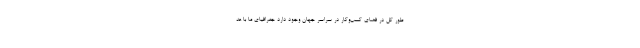
طور کل در فضای کسب‌وکار در سراسر جهان وجود دارد جغرافیای ما با عد